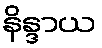
နိန္ဒာယ